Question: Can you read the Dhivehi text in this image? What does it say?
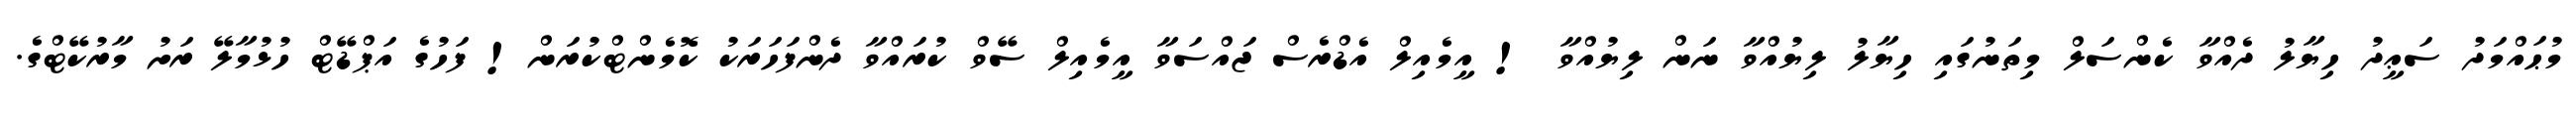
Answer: މުޙައްމަދު ސަޢީދު ހިޔާލު ދެއްވާ ކެންސަލް މިތަނުގައި ހިޔާލު ލިޔުއްވާ ނަން ލިޔުއްވާ ! އީމެއިލް އެޑްރެސް ޖައްސަވާ އީމެއިލް ސޭވް ކުރައްވާ ދެންފަހަރަކު ކޮމެންޓްކުރަން! ފަހުގެ އަޕްޑޭޓް ހުޅުމާލޭ ރަށު މާރުކޭޓްގެ.